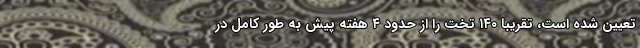
تعیین شده است، تقریبا ۱۴۰ تخت را از حدود ۴ هفته‌ پیش به طور کامل در